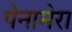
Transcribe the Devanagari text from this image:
पेनामेरा